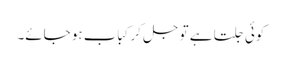
کوئی جلتا ہے تو جل کر کباب ہو جائے۔